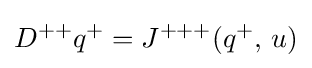
D^{++}q^{+}=J^{+++}(q^{+},\,u)